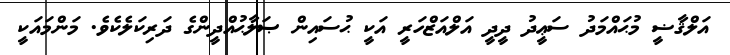
އަލްޤާޟީ މުޙައްމަދު ސަޢީދު ދީދީ އަލްއަޒްހަރީ އަކީ ޙުސައިން ޞަލާޙުއްދީންގެ ދަރިކަލެކެވެ. މަންމައަކީ